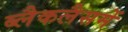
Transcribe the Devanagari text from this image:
ब्लैकलैसमें